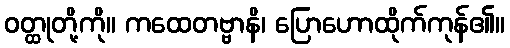
ဝတ္ထုတို့ကို။ ကထေတဗ္ဗာနိ၊ ပြောဟောထိုက်ကုန်၏။